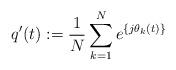
LaTeX: \begin{align*}q'(t) := \frac{1}{N} \sum_{k=1}^{N} e^{ \{ j \theta_k(t) \} }\end{align*}